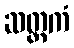
ဆတ္တကံ